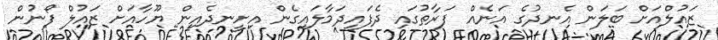
ޒައުލްއަށް ބަލަން އެނދުގެ އަނެއް ފަރާތުގައި ދެފައިދަމާލައިގެން އިށީނދެއިން ޔޫހާއަށް ޒައުލް ފޯނުން